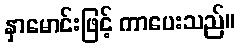
နှာမောင်းဖြင့် ကာပေးသည်။